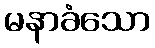
မနာခံသော